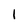
Character: 1